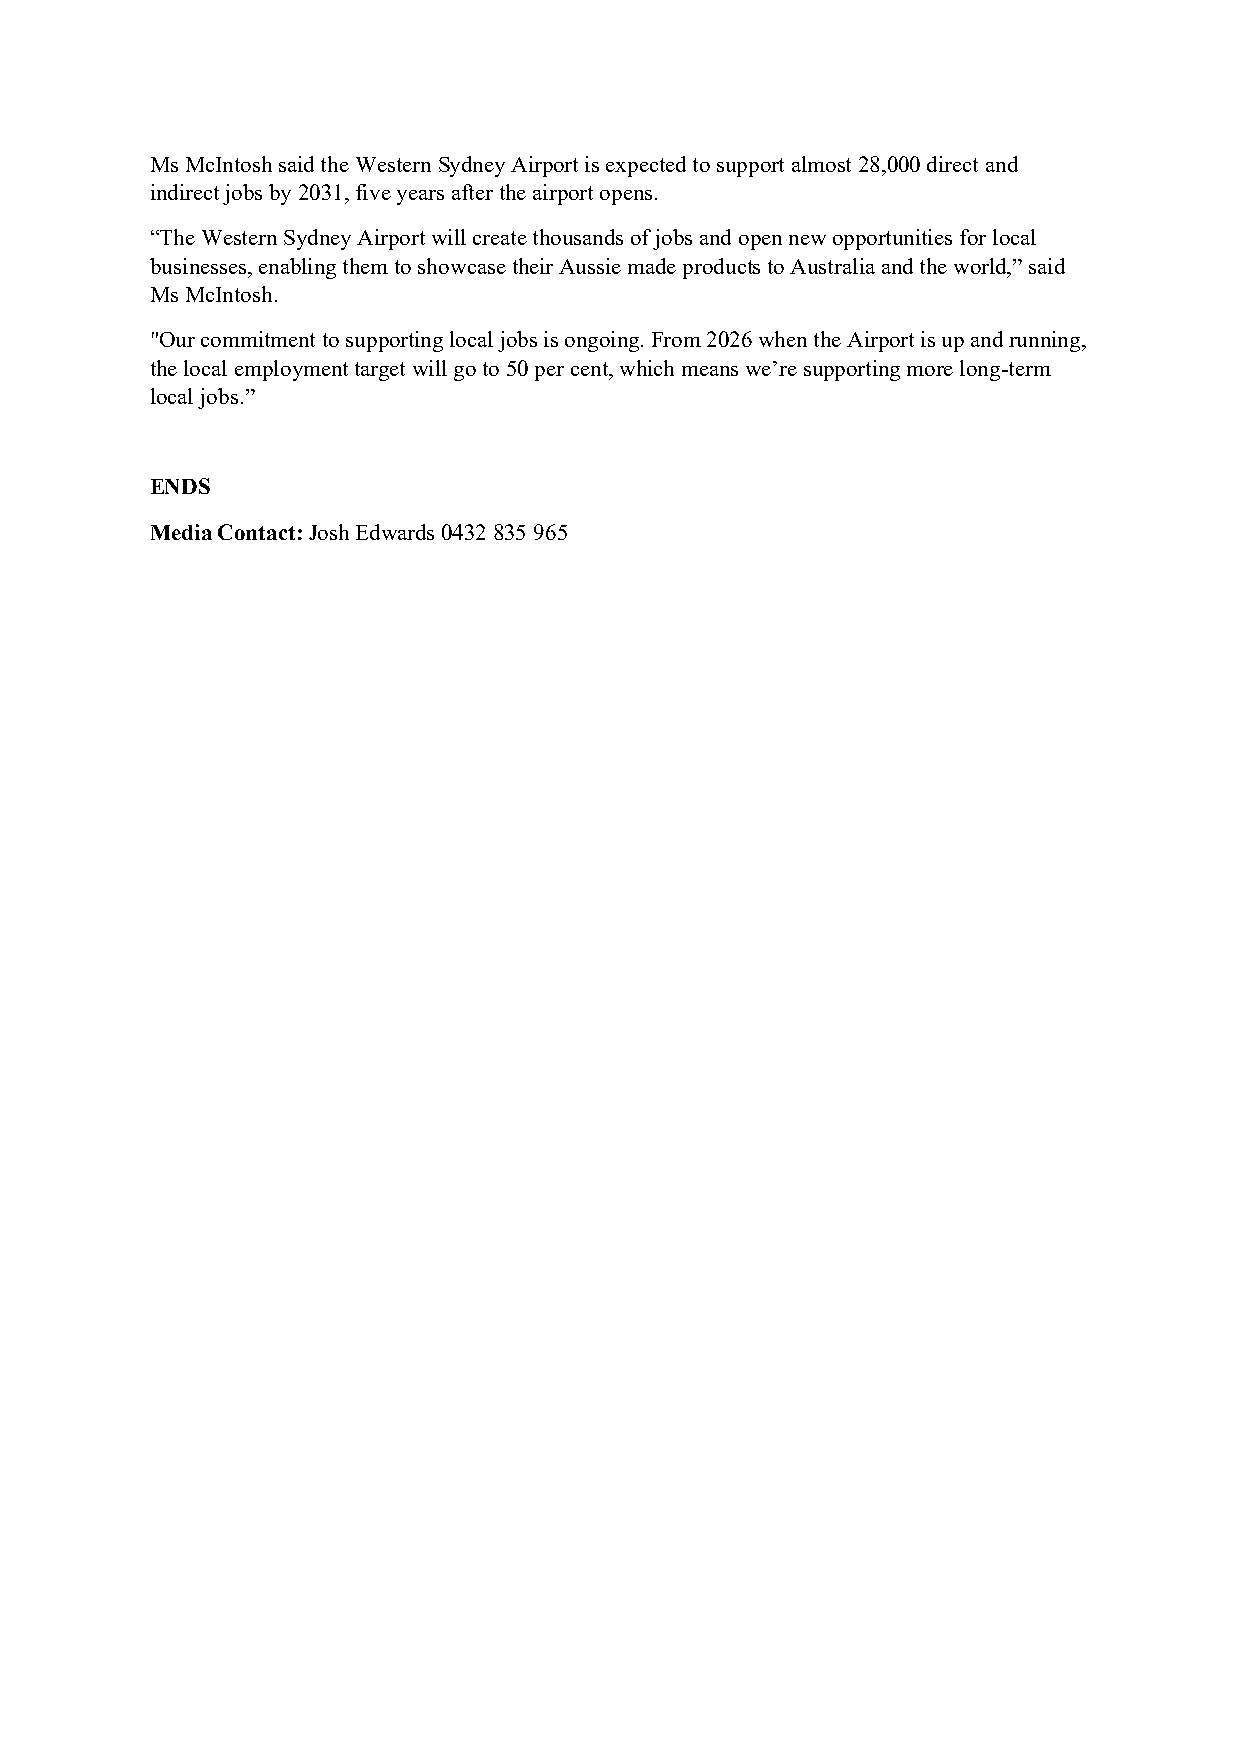
Ms McIntosh said the Western Sydney Airport is expected to support almost 28,000 direct and
 indirect jobs by 2031, five years after the airport opens.
 “The Western Sydney Airport will create thousands of jobs and open new opportunities for local
 businesses, enabling them to showcase their Aussie made products to Australia and the world,” said
 Ms McIntosh.
 "Our commitment to supporting local jobs is ongoing. From 2026 when the Airport is up and running,
 the local employment target will go to 50 per cent, which means we’re supporting more long-term
 local jobs.”
 ENDS
 Media Contact: Josh Edwards 0432 835 965